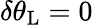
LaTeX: \delta\theta_{\mathrm{{L}}}=0